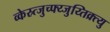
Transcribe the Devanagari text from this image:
व्केस्र्त्जुच्फ्य्जुय्तिक्र्त्यु